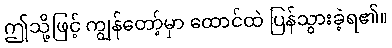
ဤသို့ဖြင့် ကျွန်တော့်မှာ ထောင်ထဲ ပြန်သွားခဲ့ရ၏။